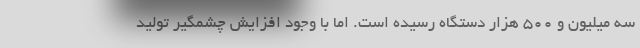
سه میلیون و ۵۰۰ هزار دستگاه رسیده است. اما با وجود افزایش چشمگیر تولید